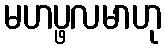
မဟပ္ဖလမာဟု